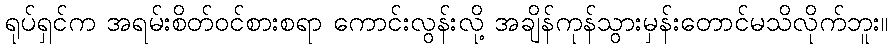
ရုပ်ရှင်က အရမ်းစိတ်ဝင်စားစရာ ကောင်းလွန်းလို့ အချိန်ကုန်သွားမှန်းတောင်မသိလိုက်ဘူး။